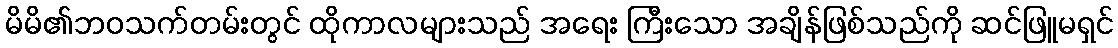
မိမိ၏ဘဝသက်တမ်းတွင် ထိုကာလများသည် အရေး ကြီးသော အချိန်ဖြစ်သည်ကို ဆင်ဖြူမရှင်